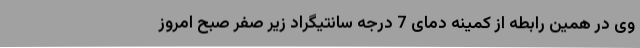
وی در همین رابطه از کمینه دمای 7 درجه سانتیگراد زیر صفر صبح امروز